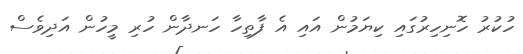
ހުކުރު ހޮނިހިރުގައި ކިޔަމުން އައި އެ ފާތިހާ ހަނދާން ހުރި މީހުން އަދިވެސް